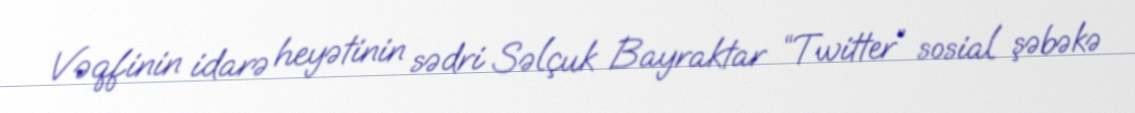
Vəqfinin idarə heyətinin sədri Səlçuk Bayraktar “Twitter” sosial şəbəkə